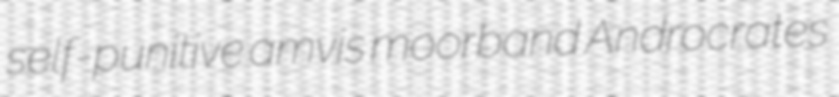
self-punitive amvis moorband Androcrates